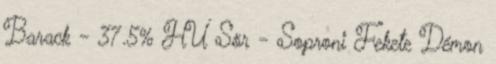
Barack - 37.5% HU Sör - Soproni Fekete Démon